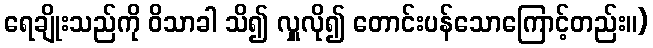
ရေချိုးသည်ကို ဝိသာခါ သိ၍ လှူလို၍ တောင်းပန်သောကြောင့်တည်း။)